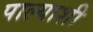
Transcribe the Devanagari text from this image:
पाल्याशी